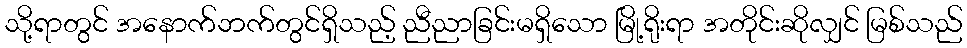
သို့ရာတွင် အနောက်ဘက်တွင်ရှိသည့် ညီညာခြင်းမရှိသော မြို့ရိုးရာ အတိုင်းဆိုလျှင် မြစ်သည်